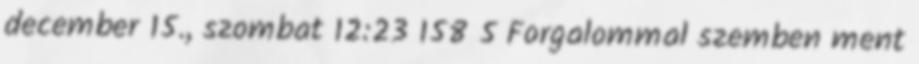
december 15., szombat 12:23 158 5 Forgalommal szemben ment